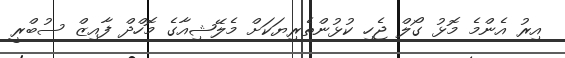
އިރު އެންމެ މޮޅު ގޯލް ޖެހި ކުޅުންތެރިޔަކަށް މެލޭޝިއާގެ މޮހްދް ފާއިޒް ސުބްރީ